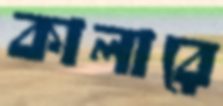
কালারে